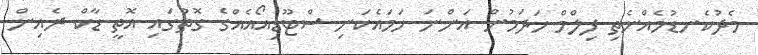
މެދުކެނޑުމެއްނެތި ފިލްމް ހަދަމުން އަންނަ ހަމައެކަނި ސްޓޫޑިއޯއެއްގެ ގޮތުގައި އޮތީ ޑާކް ރެއިން